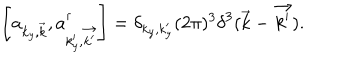
\left[ a _ { { k _ { y } } , \vec { k } } , a _ { { k _ { y } ^ { \prime } } , \vec { k ^ { \prime } } } ^ { \dagger } \right] = \delta _ { { k _ { y } } , { k _ { y } ^ { \prime } } } ( 2 \pi ) ^ { 3 } { \delta } ^ { 3 } ( \vec { k } - \vec { k ^ { \prime } } ) .